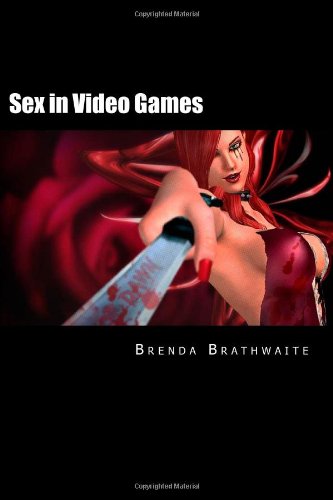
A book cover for Sex in Video Games; Brenda Brathwaite; Computers & Technology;